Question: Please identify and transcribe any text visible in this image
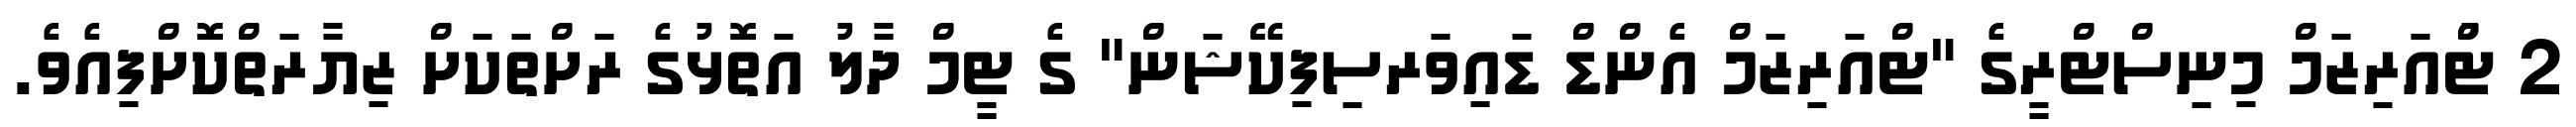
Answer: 2 ޓްުއަރިޒަމް މިނިސްޓްރީގެ "ޓްއަރިޒަމް އެންޑް ޑައިވަރސިފިކޭޝަން" ގެ ޓީމް ދާލު އަތޮޅުގެ ރަށްތަކަށް ޒިޔާރަތްކޮށްފިއެވެ.